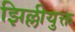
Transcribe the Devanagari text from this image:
झिल्लीयुक्त